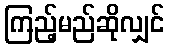
ကြည့်မည်ဆိုလျှင်